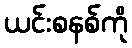
ယင်းစနစ်ကို